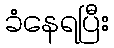
ခံနေရပြီး